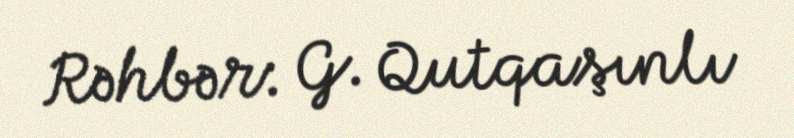
Rəhbər: G. Qutqaşınlı